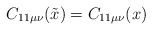
\begin{align*}C_{11 \mu \nu} (\tilde{x}) = C_{11 \mu \nu} (x)\end{align*}